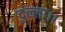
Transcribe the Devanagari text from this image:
दुल्ला।।